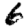
Digit: 6